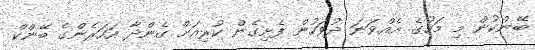
ބޭންކުން މި މަހުގެ އެއްވަނަ ދުވަހުން ފެށިގެން ކުރިއަށް ގެންދާ އަހަރެންގެ ބޭންކް